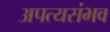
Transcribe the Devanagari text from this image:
अपत्यसंभव